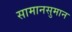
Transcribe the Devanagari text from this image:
सामानसुमान